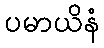
ပမာယိနံ